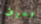
تعرف